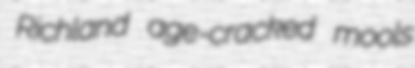
Richland age-cracked mools